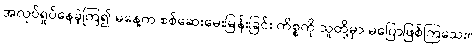
အလုပ်ရှုပ်နေခဲ့ကြ၍ မနေ့က စစ်ဆေးမေးမြန်းခြင်း ကိစ္စကို သူတို့မှာ မပြောဖြစ်ကြသေး။